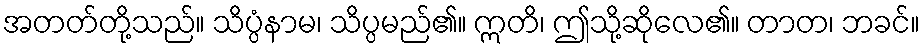
အတတ်တို့သည်။ သိပ္ပံနာမ၊ သိပ္ပမည်၏။ ဣတိ၊ ဤသို့ဆိုလေ၏။ တာတ၊ ဘခင်။